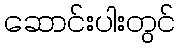
ဆောင်းပါးတွင်